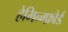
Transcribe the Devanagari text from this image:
हेमिन्ग्फ़ोर्ड